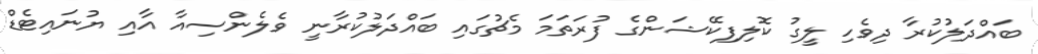
ބައްދަލުކުރާ ދިވެހި ލީގު ކޮލިފިކޭޝަންގެ ފުރަތަމަ މެޗުގައި ބައްދަލުކުރާނީ ވެލެންސިއާ އާއި ޔުނައިޓެޑް